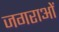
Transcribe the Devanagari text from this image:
जगराओं